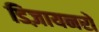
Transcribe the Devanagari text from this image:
डिज़ायनरों